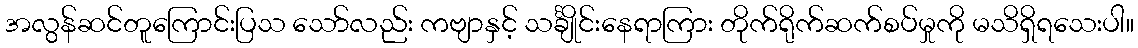
အလွန်ဆင်တူကြောင်းပြသ သော်လည်း ကဗျာနှင့် သင်္ချိုင်းနေရာကြား တိုက်ရိုက်ဆက်စပ်မှုကို မသိရှိရသေးပါ။